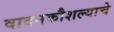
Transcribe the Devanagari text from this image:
वादनकौशल्याचे